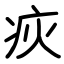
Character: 疢